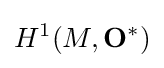
H^{1}(M,\mathbf {O} ^{*})